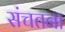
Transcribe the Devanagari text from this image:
संचतना